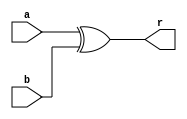
`timescale 1ns / 1ps
//////////////////////////////////////////////////////////////////////////////////
// Company: 
// Engineer: 
// 
// Design Name: 
// Module Name: XOR
// Project Name: 
// Target Devices: 
// Tool Versions: 
// Description: 
// 
// Dependencies: 
// 
// Revision:
// Revision 0.01 - File Created
// Additional Comments:
// 
//////////////////////////////////////////////////////////////////////////////////


module XOR(
        input [7:0] a,b,
        output [7:0] r
    );
    assign r = a ^ b;
endmodule